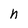
Character: h